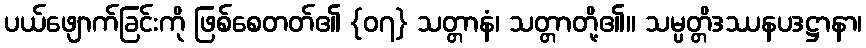
ပယ်ဖျောက်ခြင်းကို ဖြစ်စေတတ်၏ {၀၇} သတ္တာနံ၊ သတ္တာတို့၏။ သမ္ပတ္တိဒဿနပဒဋ္ဌာနာ၊